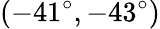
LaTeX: (-41^{\circ},-43^{\circ})